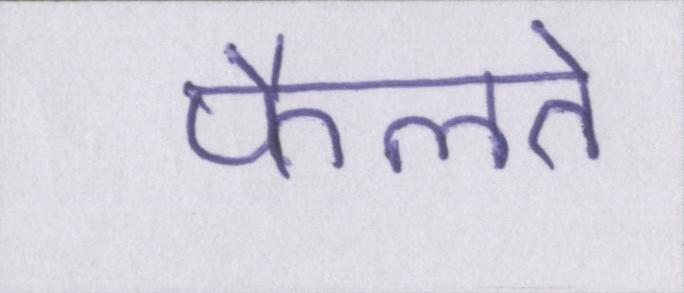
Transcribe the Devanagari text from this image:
फैलते